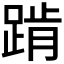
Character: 𰸕